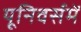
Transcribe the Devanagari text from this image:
यूनिवर्समें